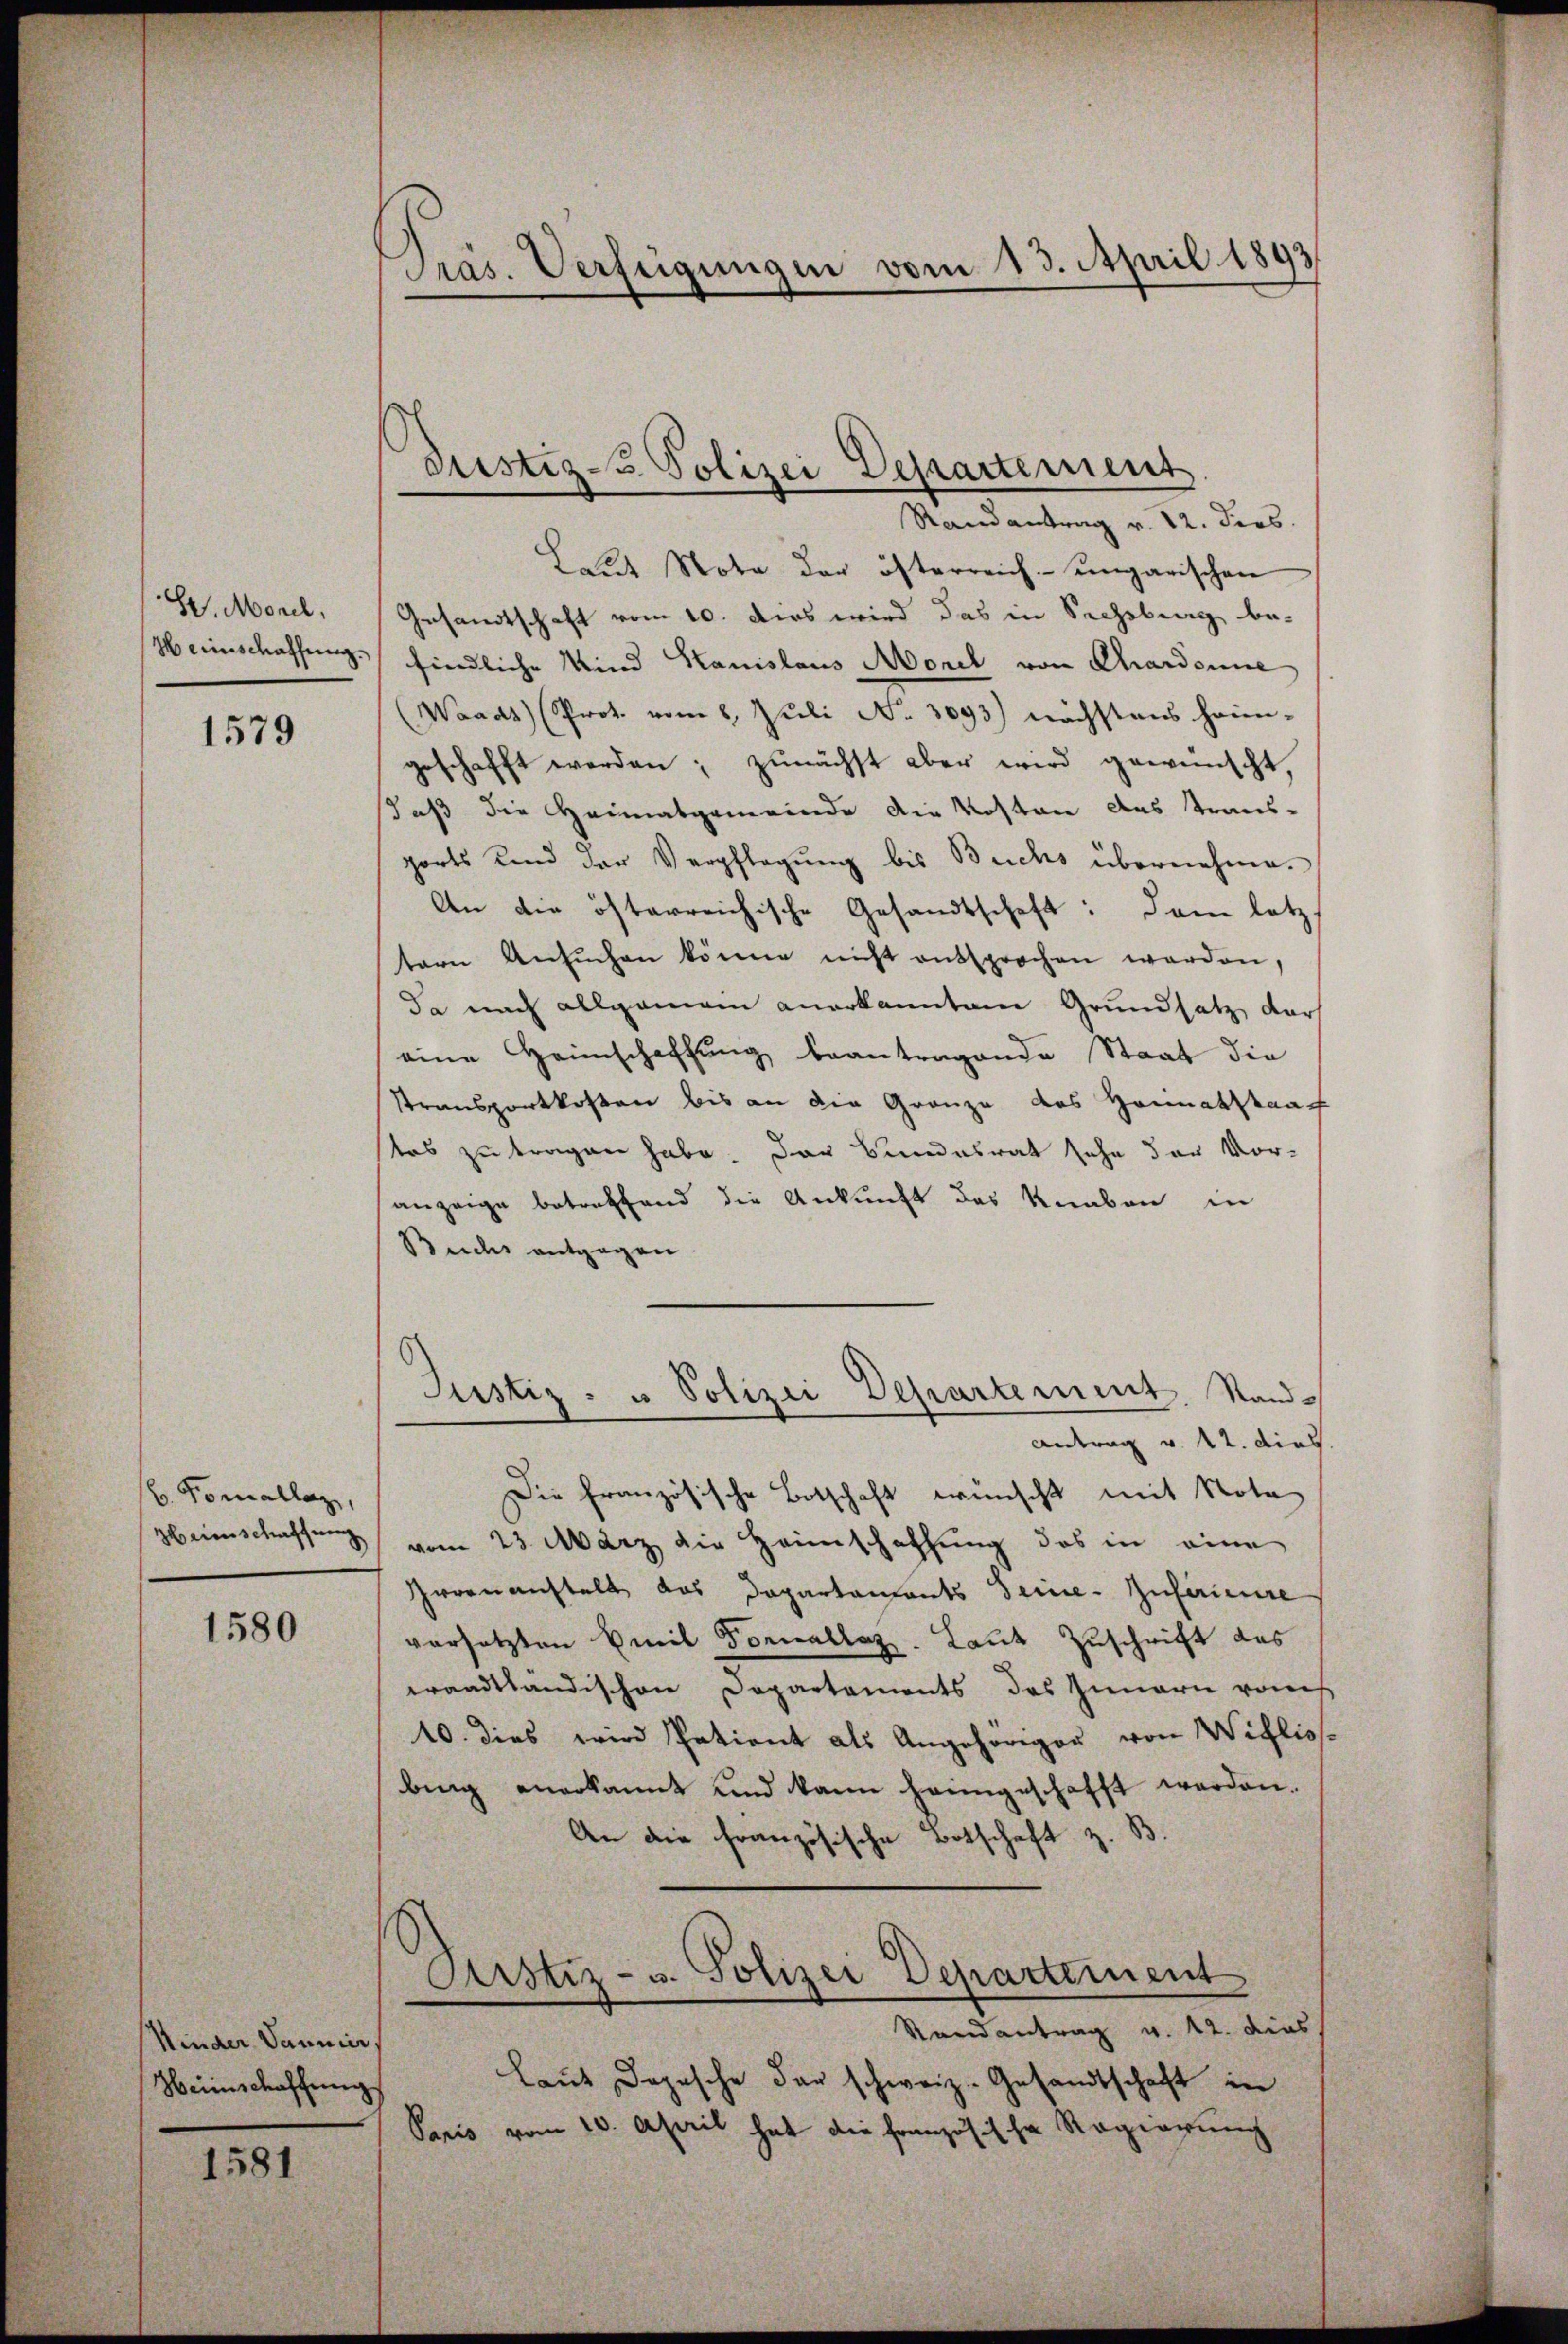
Sr. Morel,
Herinschaffung.

1579

b. Komallag,
Heimschaffung

1580

Kinder Daumer,
Heimschaffung

1581

Pras. Verfügungen vom 13. April 1893

Justiz- & Polizei Departement
Randantrag v. 12. ders.

Lande Nota der österreich-ungarischen
Gesandtschaft vom 10. Dies wird das in Schoburg be-
findliche Mind Hanislaus Morel von Chardonne
(Waadt (Prot. vom 8. Juli No. 3093) nächstens heim-
geschafft werden; zunächst aber wird gewünscht,
daß die Heimatgemeinde die Kosten das Trans-
ports und der Verpflegung bis Buchs übernehme.
An die öfterreichische Gesandtschaft: Dem letz
tern Ansŭchen könne nicht entsprochen worden.
da nach allgemein anerkanntem Grundsatz darf
eine Heimschaffung beantragende Staat die
Stransportkosten bis an die Gränze des Heimatstaa
tes zu tragen habe. Der Bundesrat sehe der Vor-
anzeige betreffend die Ankunft des Knaben in
Buchs entgegen.
Justiz- u Polizei Departement. Stand¬
Antrag v. 12. dies
Die französische Botschaft wünscht mit Nota
vom 23. März die Heimschaffung das in eine
Irrenanstalt das Departaments Seine Zusamme
versetzten Emil Fornallaz. Laut Zuschrift des
wandtländischen Departements des Innern von
10. dies wird Patient als Angehöriger von Willios.
bing anerkannt und kann heimgeschafft werden.
An die Französische Botschaft z. B.
Arstiz- u. Polizei Departement
Randantrag v. 12. dies
Laut Depesche der schweiz. Gesandtschaft in
Paris vom 20. April hat die Französische Regierung